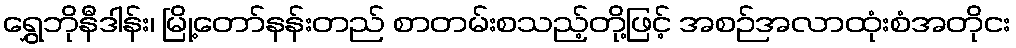
ရွှေဘိုနီဒါန်း၊ မြို့တော်နန်းတည် စာတမ်းစသည့်တို့ဖြင့် အစဉ်အလာထုံးစံအတိုငး